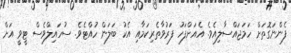
ފެންނަގޮތަށް ހަމަޖައްސާލިއެވެ. އެއަށްފަހު ފަރުވާތެރިކަމާއި އެކު ބަލަން ހުއްޓެވެ. ސުހައިލްވެސް ޓީވީ އަށް